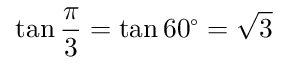
\tan { \frac { \pi } { 3 } } = \tan 6 0 ^ { \circ } = { \sqrt { 3 } }